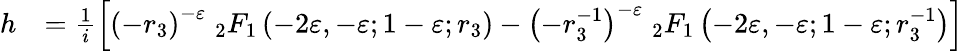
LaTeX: \begin{array}{rl}{h}&{=\frac{1}{i}\left[\left(-r_{3}\right)^{-\varepsilon}\; _{2}F_{1}\left(-2\varepsilon,-\varepsilon;1-\varepsilon;r_{3}\right)-\left(-r_{3}^{-1}\right)^{-\varepsilon}\; _{2}F_{1}\left(-2\varepsilon,-\varepsilon;1-\varepsilon;r_{3}^{-1}\right)\right]}\end{array}